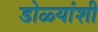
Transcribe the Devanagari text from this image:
डोळ्यांशी